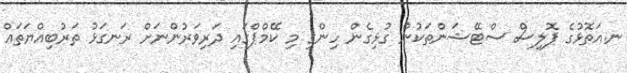
ނ.އަތޮޅުގެ ޕޮލިސް ސްޓޭޝަންތަކުން ގުޅިގެން ހިންގި މި ކޭމްޕްގައި ދަރިވަރުންނަށް ރަނގަޅު ތަރުބިއްޔަތައް